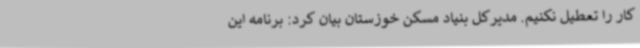
کار را تعطیل نکنیم. مدیرکل بنیاد مسکن خوزستان بیان کرد: برنامه این